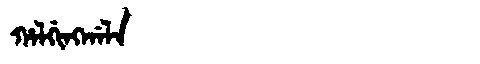
Manchu: ᡥᠠᠯᡤᡳᠩᡤᠠᠯᠠ
Romanization: HALGINGGALA